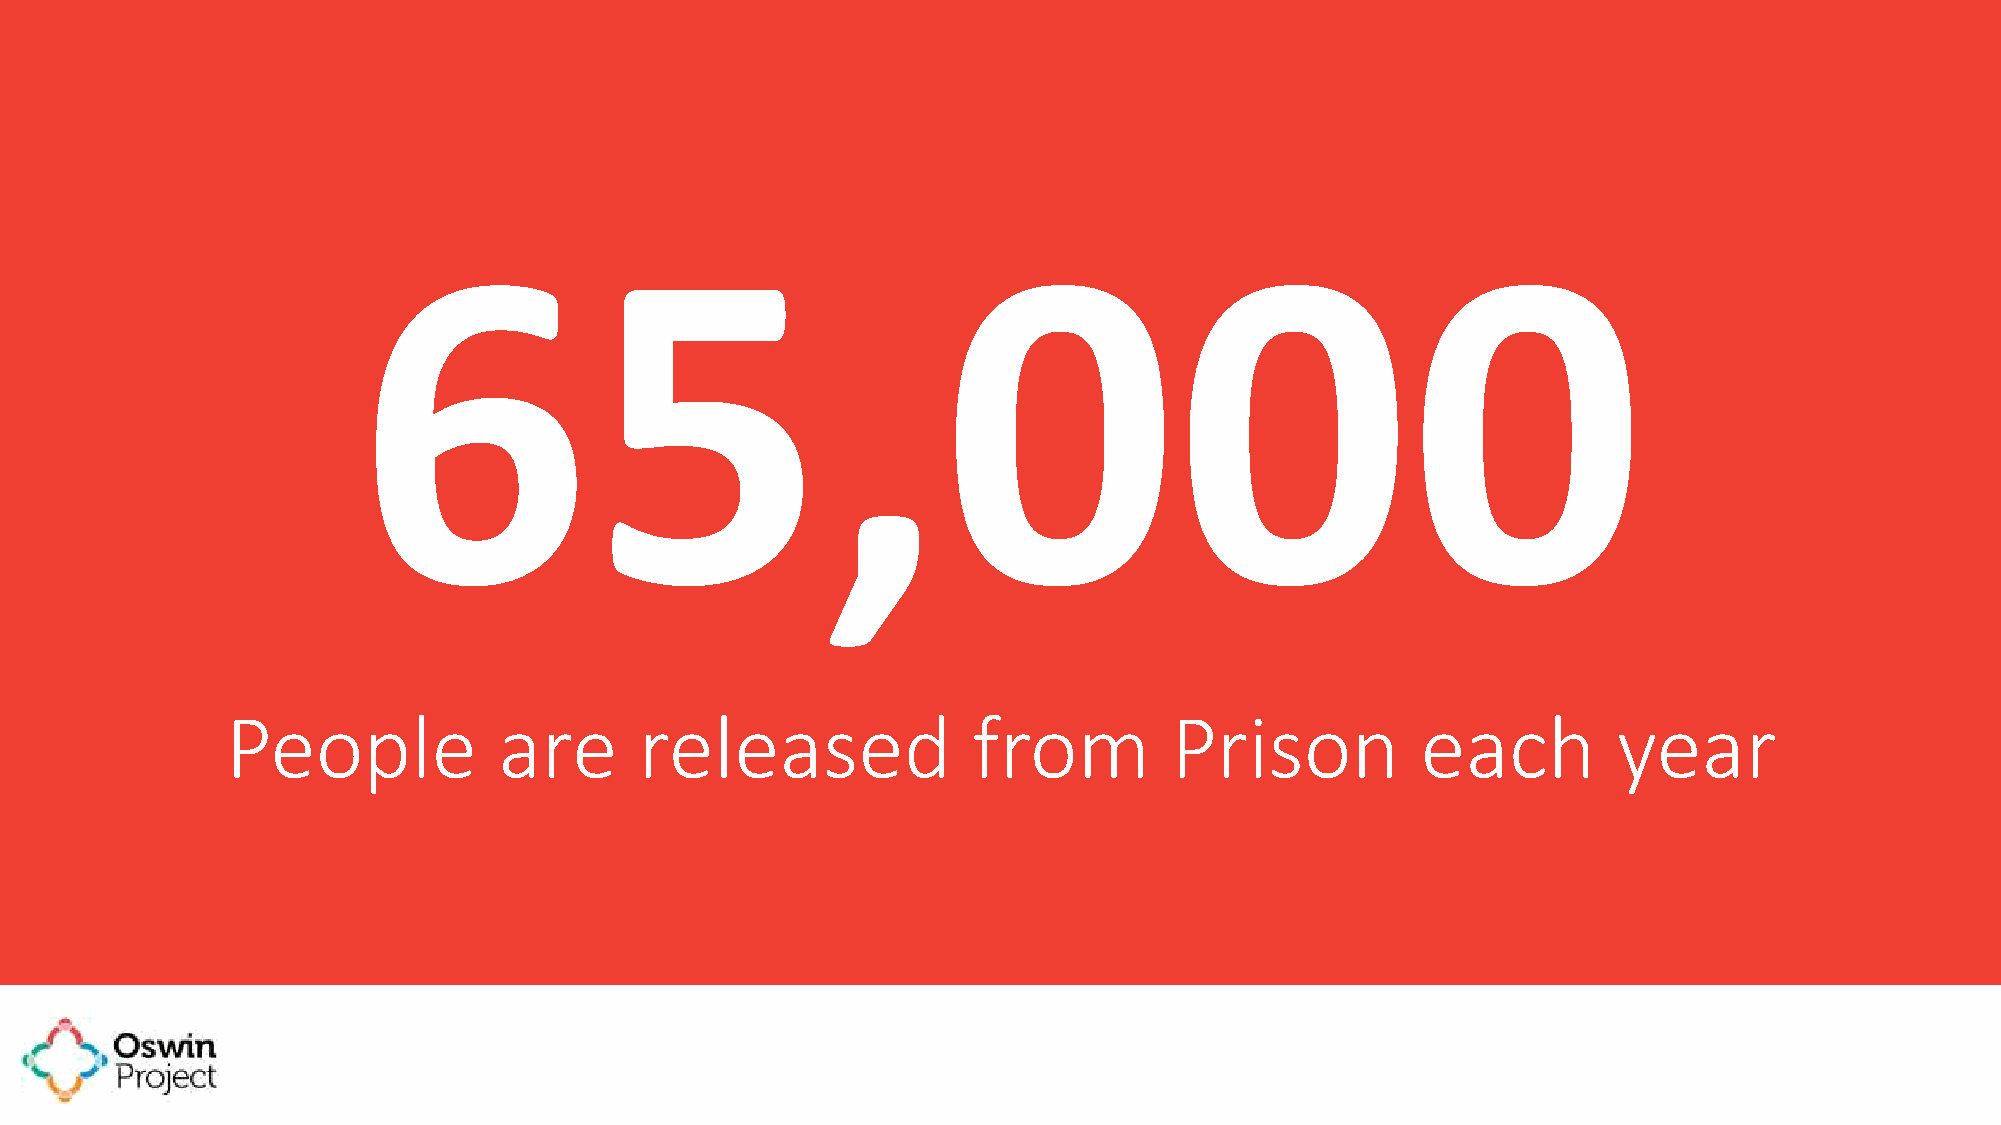
People            are      released              from         Prison           each         year